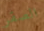
الصقر